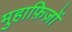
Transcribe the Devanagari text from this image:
मुहाफ़िज़ों